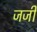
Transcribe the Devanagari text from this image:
जजी